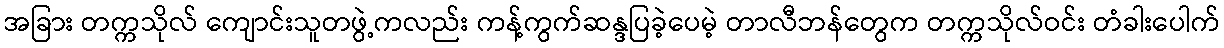
အခြား တက္ကသိုလ် ကျောင်းသူတဖွဲ့ကလည်း ကန့်ကွက်ဆန္ဒပြခဲ့ပေမဲ့ တာလီဘန်တွေက တက္ကသိုလ်ဝင်း တံခါးပေါက်